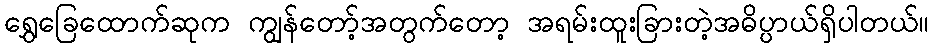
ရွှေခြေထောက်ဆုက ကျွန်တော့်အတွက်တော့ အရမ်းထူးခြားတဲ့အဓိပ္ပာယ်ရှိပါတယ်။